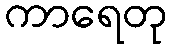
ကာရေတု